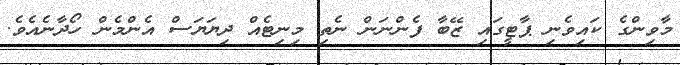
މާވިންގެ ކައިވެނި ޕާޓީގައި ޒޭބާ ފެންނަން ނެތި މިނިޓެއް ދިޔަޔަސް އެންމެން ހޯދާނެއެވެ.